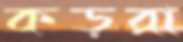
কড়রা